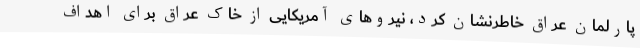
پارلمان عراق خاطرنشان کرد، نیروهای آمریکایی از خاک عراق برای اهداف